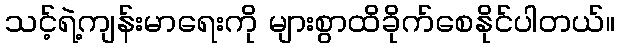
သင့်ရဲ့ကျန်းမာရေးကို များစွာထိခိုက်စေနိုင်ပါတယ်။